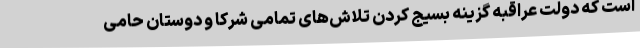
است که دولت عراقبه گزینه بسیج کردن تلاش‌های تمامی شرکا و دوستان حامی